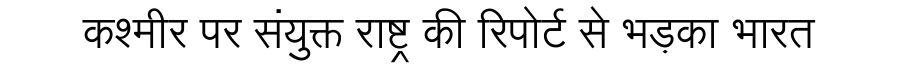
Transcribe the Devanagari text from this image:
कश्मीर पर संयुक्त राष्ट्र की रिपोर्ट से भड़का भारत